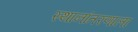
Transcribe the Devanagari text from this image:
स्थानांतरणाला